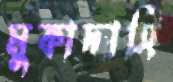
মুকাদ্দাসি